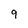
Character: 9